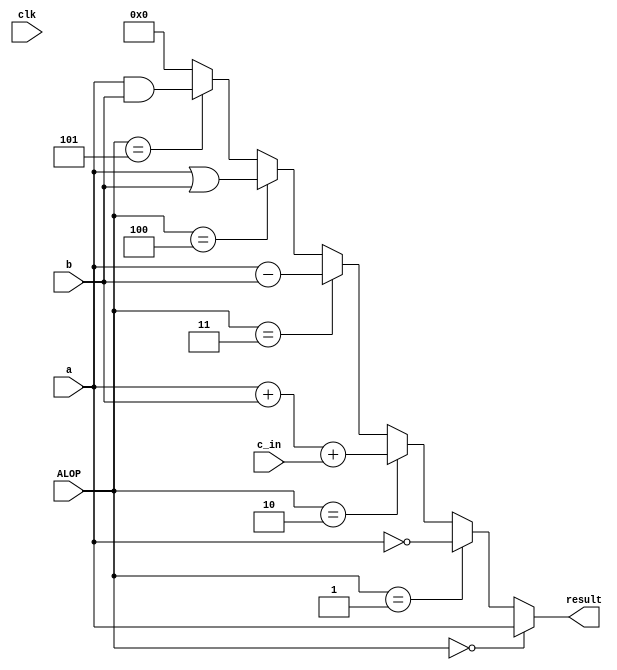
`timescale 1ns / 1ps
//////////////////////////////////////////////////////////////////////////////////
// Company: 
// Engineer: 
// 
// Design Name: 
// Module Name:    topnbit_verification 
// Project Name: 
// Target Devices: 
// Tool versions: 
// Description: 
//
// Dependencies: 
//
// Revision: 
// Revision 0.01 - File Created
// Additional Comments: 
//
//////////////////////////////////////////////////////////////////////////////////
module topnbit_verification(result, clk, c_in,a, b, ALOP);

	parameter W = 32;
	input [2:0] ALOP;
	input clk;
	input [W-1:0] a, b;
	input c_in;
	output [W-1:0] result;
	
	wire c_out_to_reg;
	wire [W-1:0] sum_to_reg;
	
	assign { result} = //verifies each function 
	(ALOP == 3'b000) ? {a}:
	(ALOP == 3'b001) ? {~a}:
	(ALOP == 3'b010) ? a+b+c_in:
	(ALOP == 3'b011) ? {a-b}:
	(ALOP == 3'b100) ? {a|b}:
	(ALOP == 3'b101) ? {a&b}:
	0;
	
	
	

endmodule